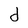
Character: d